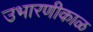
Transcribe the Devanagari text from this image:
उभारणीकाळ